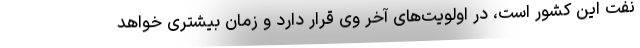
نفت این کشور است، در اولویت‌های آخر وی قرار دارد و زمان بیشتری خواهد